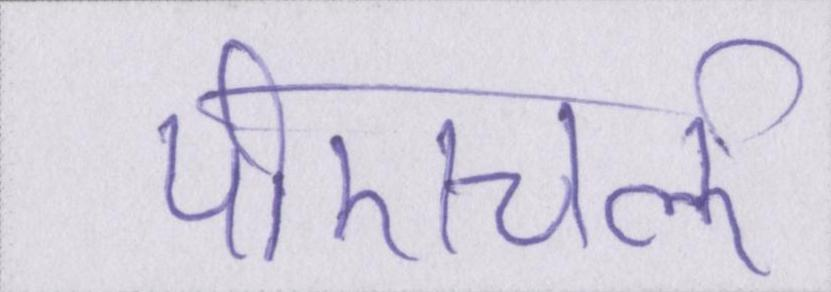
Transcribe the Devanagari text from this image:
पीएचर्ऌ